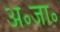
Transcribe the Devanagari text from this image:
अ॰जा॰